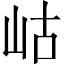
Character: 岵